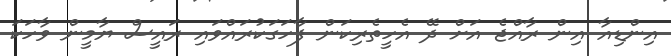
އިންޑިއާ އިން ރާއްޖެ އަށް ދޭ އެހީތެރިކަން ފާހަގަކުރައްވައި ރައީސް ޔާމީން ވާހަކަ